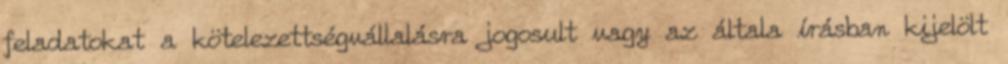
feladatokat a kötelezettségvállalásra jogosult vagy az általa írásban kijelölt